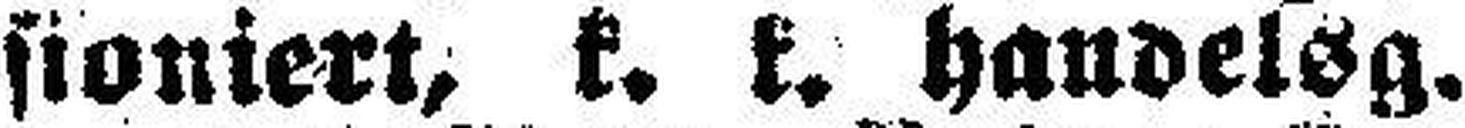
sioniert, k. k. haudelsg.